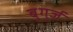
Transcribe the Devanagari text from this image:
बुगुर्ज